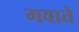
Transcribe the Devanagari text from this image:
गवाते